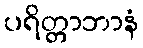
ပရိတ္တာဘာနံ